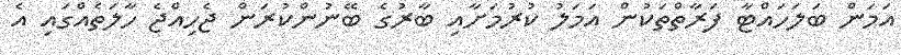
އަމަން ބަލަހައްޓާ ފަރާތްތަކުން އަމަލު ކުރުމަށާއި ބާރުގެ ބޭނުންކުރަން ޖެހިއްޖެ ހާލަތެއްގައި އެ